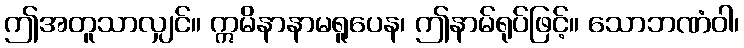
ဤအတူသာလျှင်။ ဣမိနာနာမရူပေန၊ ဤနာမ်ရုပ်ဖြင့်။ သောဘဏံဝါ၊